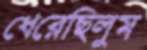
ধেরেছিলুম